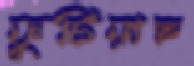
ফুটিয়াছ